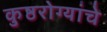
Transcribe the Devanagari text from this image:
कुष्ठरोग्यांचे